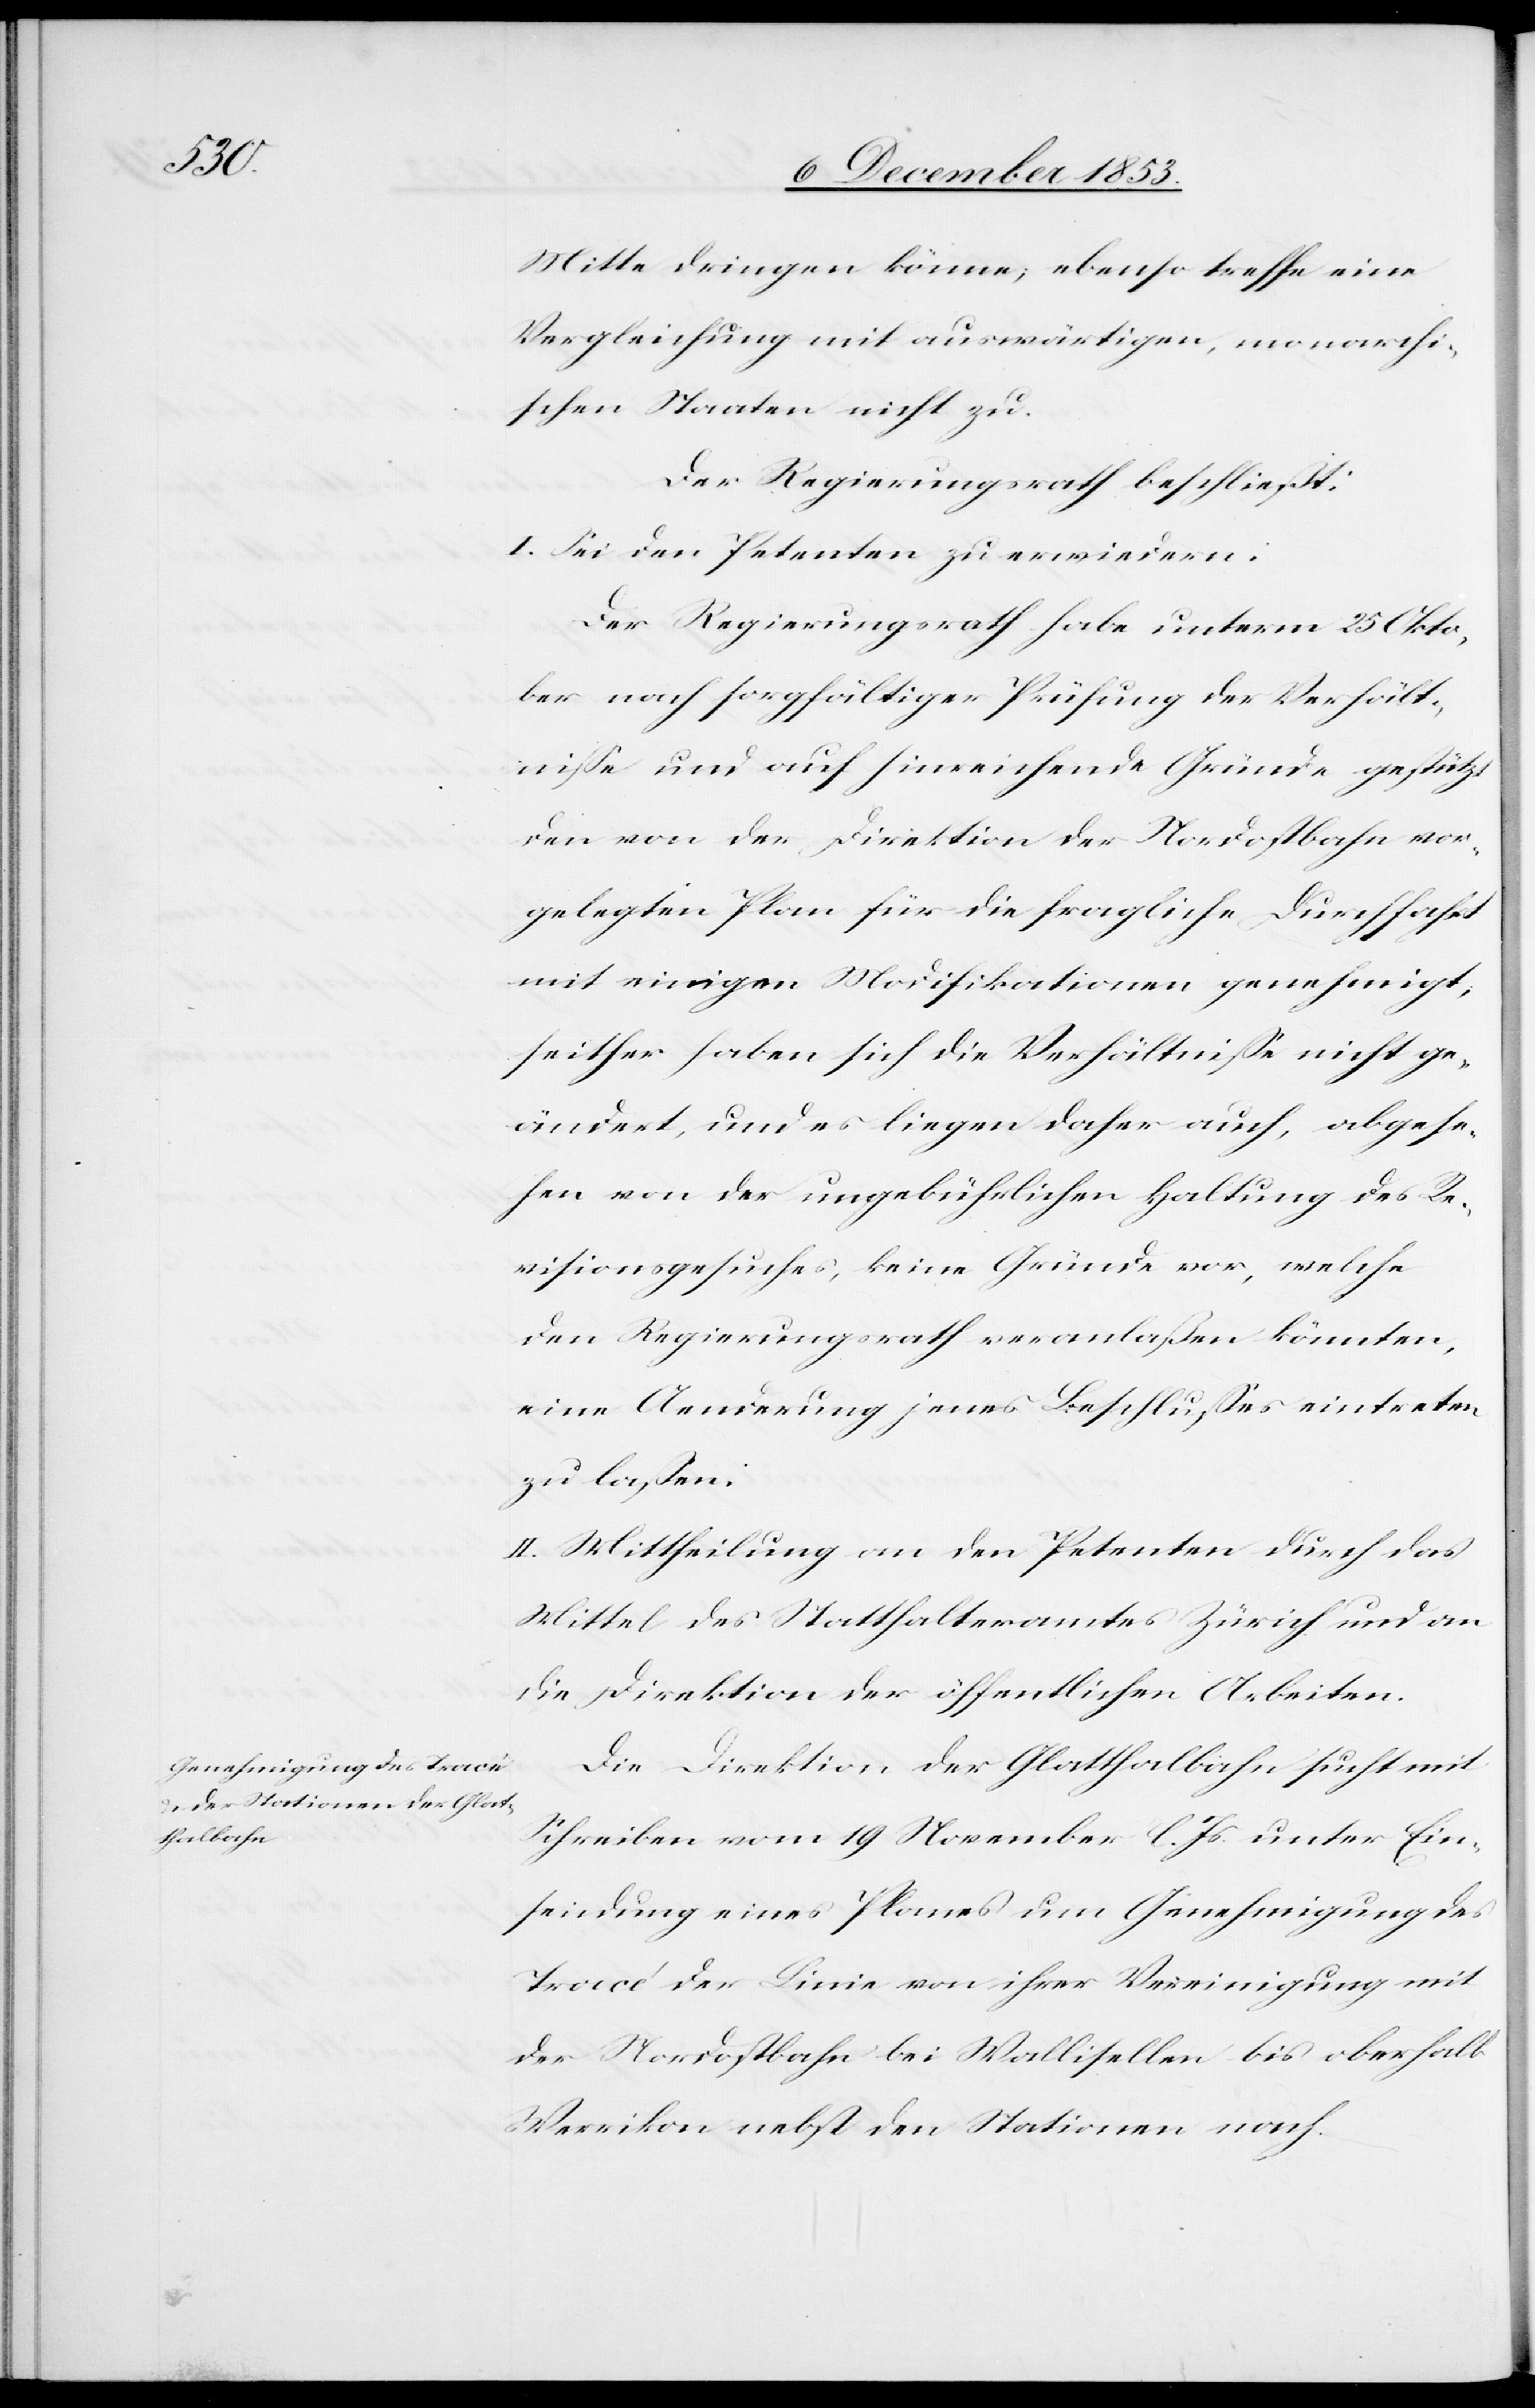
Mitte dringen könne, ebenso treffe eine
Vergleichung mit auswärtigen, monarchi¬
schen Staaten nicht zu.
Der Regierungsrath beschließt:
I. Sei den Petenten zu erwiedern:
Der Regierungsrath habe unterm 25 Okto¬
ber nach sorgfältiger Prüfung der Verhält¬
niße und auf hinreichende Gründe gestützt
den von der Direktion der Nordostbahn vor¬
gelegten Plan für die fragliche Durchfahrt
mit einigen Modifikationen genehmigt,
seither haben sich die Verhältniße nicht ge¬
ändert, und es liegen daher auch, abgese¬
hen von der ungebührlichen Haltung des Re¬
visionsgesuches, keine Gründe vor, welche
den Regierungsrath veranlaßen könnten,
eine Anwendung jenes Beschlußes eintreten
zu laßen:
II. Mittheilung an den Petenten durch das
Mittel des Statthalteramtes Zürich und an
die Direktion der öffentlichen Arbeiten.
Die Direktion der Glatthalbahn sucht mit
Schreiben vom 19 November l. Js. unter Ein¬
sendung eines Planes um Genehmigung des
Tracé der Linie von ihrer Vereinigung mit
der Nordostbahn bei Wallisellen bis oberhalb
Weerikon nebst den Stationen nach.